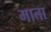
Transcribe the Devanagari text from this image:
माता